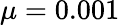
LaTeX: \mu=0.001